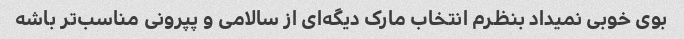
بوی خوبی نمیداد بنظرم انتخاب مارک دیگه‌ای از سالامی و پپرونی مناسب‌تر باشه